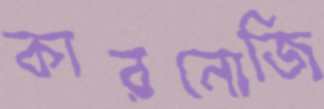
কারনোজি